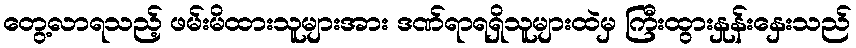
တွေ့လာရသည့် ဖမ်းမိထားသူများအား ဒဏ်ရာရရှိသူများထဲမှ ကြီးထွားနှုန်းနှေးသည်